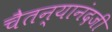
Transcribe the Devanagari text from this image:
चैतन्यानंदजी